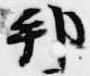
邦